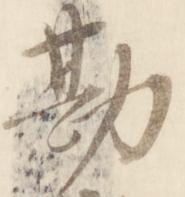
勘